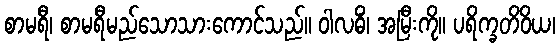
စာမရီ၊ စာမရီမည်သောသားကောင်သည်။ ဝါလဓိံ၊ အမြီးကို။ ပရိက္ခတိဝိယ၊